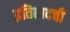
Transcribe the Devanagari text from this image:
इतिहादची